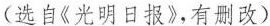
(选自《光明日报》有删改)